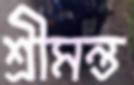
শ্রীমন্ত